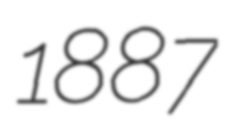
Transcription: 1887